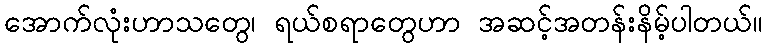
အောက်လုံးဟာသတွေ၊ ရယ်စရာတွေဟာ အဆင့်အတန်းနိမ့်ပါတယ်။